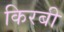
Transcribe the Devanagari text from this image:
किरबी